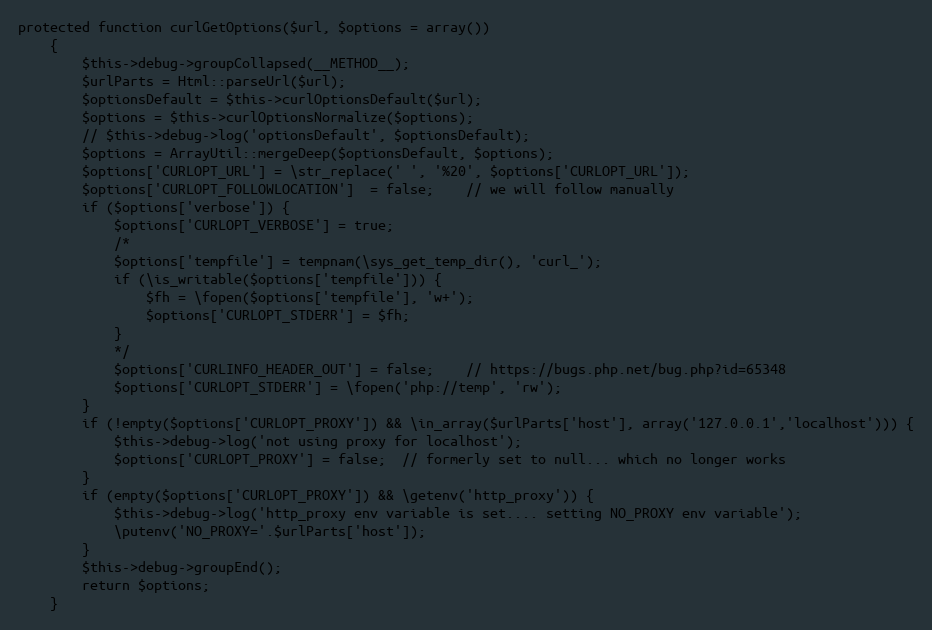
Language: PHP
protected function curlGetOptions($url, $options = array())
    {
        $this->debug->groupCollapsed(__METHOD__);
        $urlParts = Html::parseUrl($url);
        $optionsDefault = $this->curlOptionsDefault($url);
        $options = $this->curlOptionsNormalize($options);
        // $this->debug->log('optionsDefault', $optionsDefault);
        $options = ArrayUtil::mergeDeep($optionsDefault, $options);
        $options['CURLOPT_URL'] = \str_replace(' ', '%20', $options['CURLOPT_URL']);
        $options['CURLOPT_FOLLOWLOCATION']  = false;    // we will follow manually
        if ($options['verbose']) {
            $options['CURLOPT_VERBOSE'] = true;
            /*
            $options['tempfile'] = tempnam(\sys_get_temp_dir(), 'curl_');
            if (\is_writable($options['tempfile'])) {
                $fh = \fopen($options['tempfile'], 'w+');
                $options['CURLOPT_STDERR'] = $fh;
            }
            */
            $options['CURLINFO_HEADER_OUT'] = false;    // https://bugs.php.net/bug.php?id=65348
            $options['CURLOPT_STDERR'] = \fopen('php://temp', 'rw');
        }
        if (!empty($options['CURLOPT_PROXY']) && \in_array($urlParts['host'], array('127.0.0.1','localhost'))) {
            $this->debug->log('not using proxy for localhost');
            $options['CURLOPT_PROXY'] = false;  // formerly set to null... which no longer works
        }
        if (empty($options['CURLOPT_PROXY']) && \getenv('http_proxy')) {
            $this->debug->log('http_proxy env variable is set.... setting NO_PROXY env variable');
            \putenv('NO_PROXY='.$urlParts['host']);
        }
        $this->debug->groupEnd();
        return $options;
    }